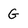
Character: G